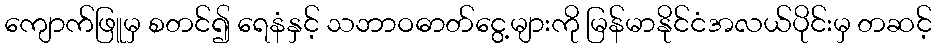
ကျောက်ဖြူမှ စတင်၍ ရေနံနှင့် သဘာဝဓာတ်ငွေ့များကို မြန်မာနိုင်ငံအလယ်ပိုင်းမှ တဆင့်